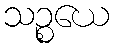
သဉ္စယေ